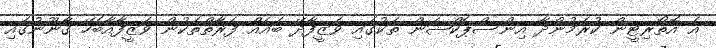
އެ އޮތޯރިޓީން ކުރަމުންދާ އިންސްޕެކްޝަން ތަކުގައި ވަޒީފާދޭ ބައެއް ފަރާތްތަކުން ވަޒީފާއާބެހޭ ޤާނޫނުގައި